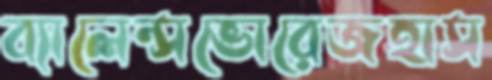
ব্যালেন্সভোরেজহাস